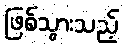
ဖြစ်သွားသည့်